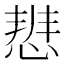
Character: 𭝢